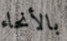
بالأنحاء